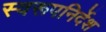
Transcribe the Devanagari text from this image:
स्वरूपनिर्देश